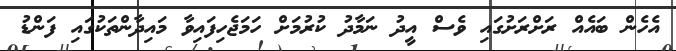
އެހެން ބައެއް ރަށްރަށުގައި ވެސް އީދު ނަމާދު ކުރުމަށް ހަމަޖެހިފައިވާ މައިދާންތަކުގައި ފަންޑު